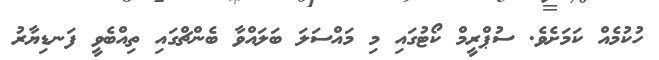
ހުކުމެއް ކަމަށެވެ. ސުޕްރީމް ކޯޓުގައި މި މައްސަލަ ބަލައްވާ ބެންޗްގައި ތިއްބެވީ ފަނޑިޔާރު